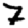
Digit: 7